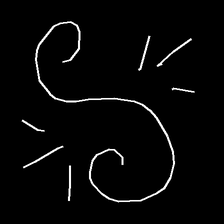
Glyph: wind-directs-air